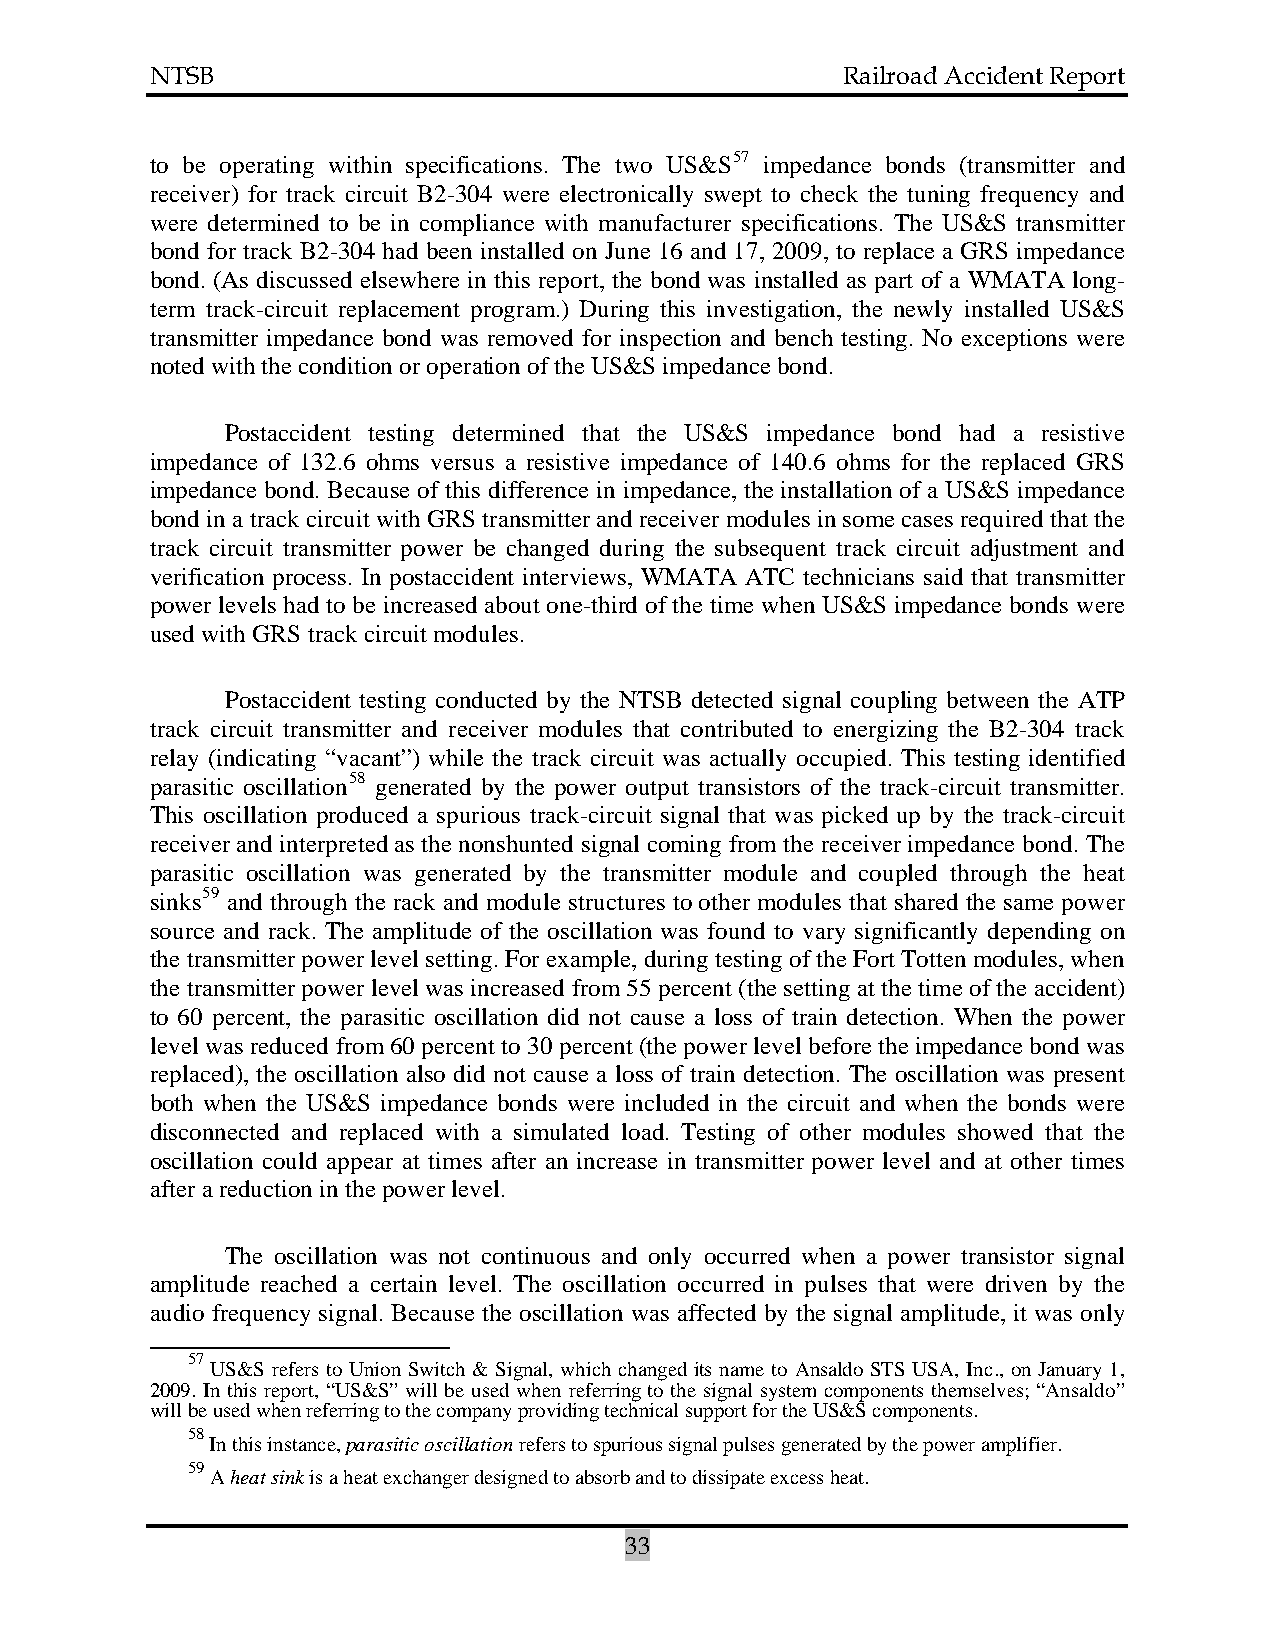
NTSB                                          Railroad Accident Report
 to be operating within specifications. The two US&S57 impedance bonds (transmitter and
 receiver) for track circuit B2-304 were electronically swept to check the tuning frequency and
 were determined to be in compliance with manufacturer specifications. The US&S transmitter
 bond for track B2-304 had been installed on June 16 and 17, 2009, to replace a GRS impedance
 bond. (As discussed elsewhere in this report, the bond was installed as part of a WMATA long-
 term track-circuit replacement program.) During this investigation, the newly installed US&S
 transmitter impedance bond was removed for inspection and bench testing. No exceptions were
 noted with the condition or operation of the US&S impedance bond.
 Postaccident testing determined that the US&S impedance bond had a resistive
 impedance of 132.6 ohms versus a resistive impedance of 140.6 ohms for the replaced GRS
 impedance bond. Because of this difference in impedance, the installation of a US&S impedance
 bond in a track circuit with GRS transmitter and receiver modules in some cases required that the
 track circuit transmitter power be changed during the subsequent track circuit adjustment and
 verification process. In postaccident interviews, WMATA ATC technicians said that transmitter
 power levels had to be increased about one-third of the time when US&S impedance bonds were
 used with GRS track circuit modules.
 Postaccident testing conducted by the NTSB detected signal coupling between the ATP
 track circuit transmitter and receiver modules that contributed to energizing the B2-304 track
 relay (indicating “vacant”) while the track circuit was actually occupied. This testing identified
 parasitic oscillation58 generated by the power output transistors of the track-circuit transmitter.
 This oscillation produced a spurious track-circuit signal that was picked up by the track-circuit
 receiver and interpreted as the nonshunted signal coming from the receiver impedance bond. The
 parasitic oscillation was generated by the transmitter module and coupled through the heat
 sinks59 and through the rack and module structures to other modules that shared the same power
 source and rack. The amplitude of the oscillation was found to vary significantly depending on
 the transmitter power level setting. For example, during testing of the Fort Totten modules, when
 the transmitter power level was increased from 55 percent (the setting at the time of the accident)
 to 60 percent, the parasitic oscillation did not cause a loss of train detection. When the power
 level was reduced from 60 percent to 30 percent (the power level before the impedance bond was
 replaced), the oscillation also did not cause a loss of train detection. The oscillation was present
 both when the US&S impedance bonds were included in the circuit and when the bonds were
 disconnected and replaced with a simulated load. Testing of other modules showed that the
 oscillation could appear at times after an increase in transmitter power level and at other times
 after a reduction in the power level.
 The oscillation was not continuous and only occurred when a power transistor signal
 amplitude reached a certain level. The oscillation occurred in pulses that were driven by the
 audio frequency signal. Because the oscillation was affected by the signal amplitude, it was only
 57
 US&S refers to Union Switch & Signal, which changed its name to Ansaldo STS USA, Inc., on January 1,
 2009. In this report, “US&S” will be used when referring to the signal system components themselves; “Ansaldo”
 will be used when referring to the company providing technical support for the US&S components.
 58
 In this instance, parasitic oscillation refers to spurious signal pulses generated by the power amplifier.
 59
 A heat sink is a heat exchanger designed to absorb and to dissipate excess heat.
 33